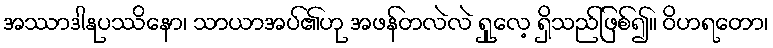
အဿာဒါနုပဿိနော၊ သာယာအပ်၏ဟု အဖန်တလဲလဲ ရှုလေ့ ရှိသည်ဖြစ်၍။ ဝိဟရတော၊